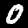
Digit: 0